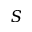
S